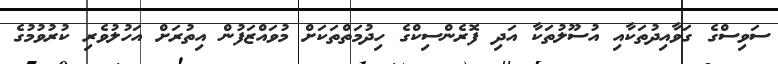
ސަވިސްގެ ގަވާއިދުތަކާއި އުސޫލުތަކާ އަދި ފޮރެންސިކްގެ ހިދުމަތްތަކަށް މުވައްޒަފުން އިތުރަށް އަހުލުވެރި ކުރުވުމުގެ